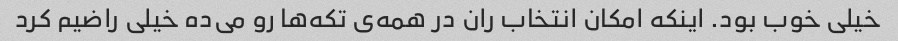
خیلی خوب بود. اینکه امکان انتخاب ران در همه‌ی تکه‌ها رو می‌ده خیلی راضیم کرد